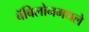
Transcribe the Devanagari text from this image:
बॅबिलोनमधले